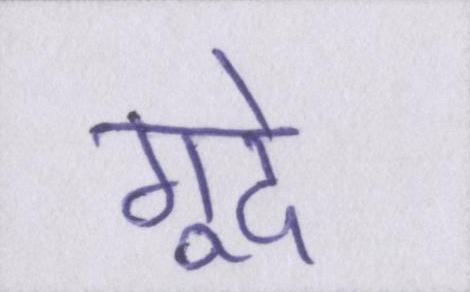
गूदे